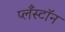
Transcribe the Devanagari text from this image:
प्लँस्टॉन